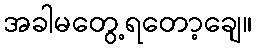
အခါမတွေ့ရတော့ချေ။